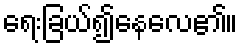
ရေးခြယ်၍နေလေ၏။